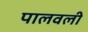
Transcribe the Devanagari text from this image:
पालवली